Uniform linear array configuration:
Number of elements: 16
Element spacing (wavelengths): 0.25
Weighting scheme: exponential
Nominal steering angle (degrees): -15
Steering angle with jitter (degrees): -14.762
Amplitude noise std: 0.05
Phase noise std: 0.05

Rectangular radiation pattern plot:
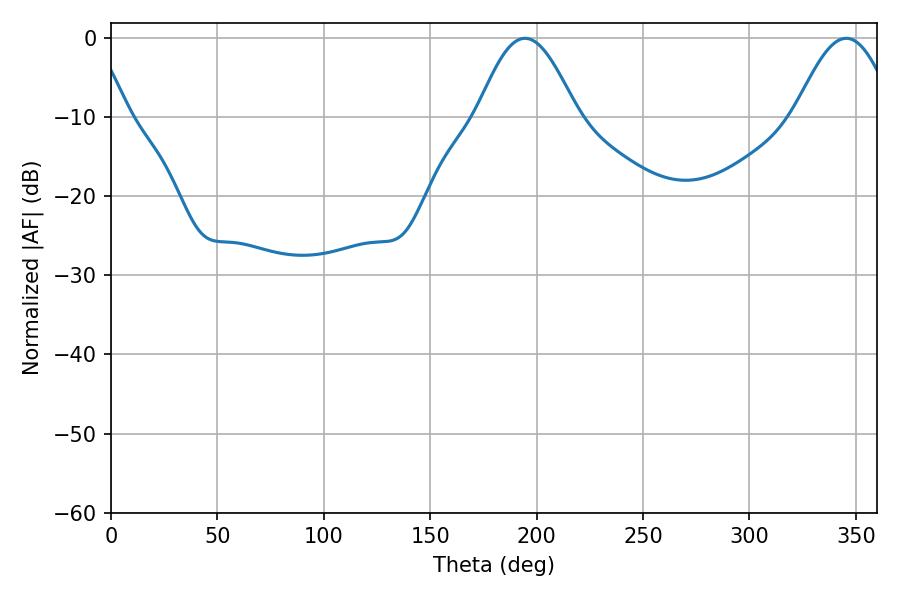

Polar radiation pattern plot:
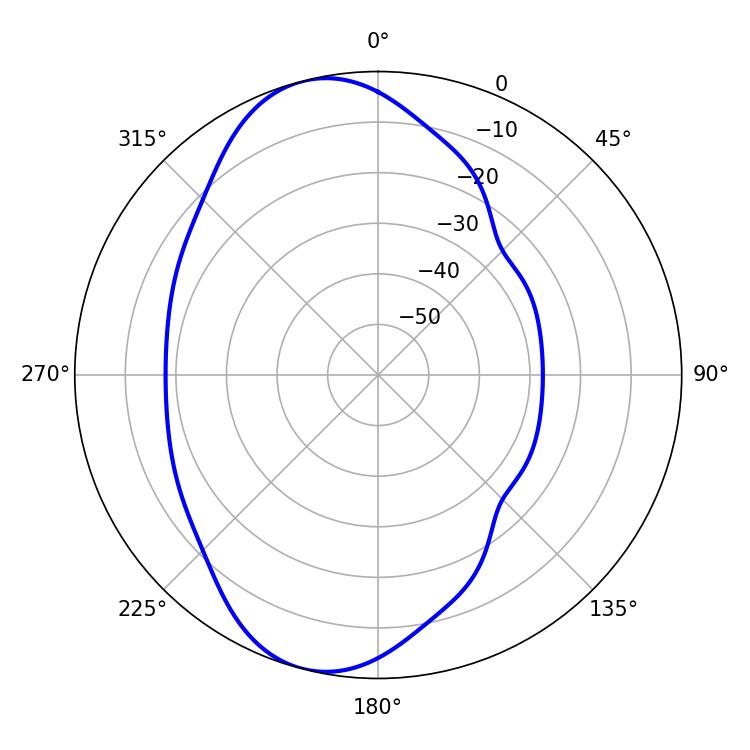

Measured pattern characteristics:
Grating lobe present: FALSE
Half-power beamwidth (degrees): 25.2
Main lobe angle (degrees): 194.58